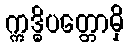
ဣဒ္ဓိပတ္တောမှိ